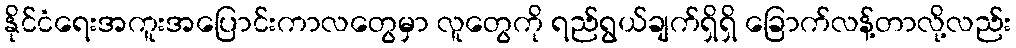
နိုင်ငံရေးအကူးအပြောင်းကာလတွေမှာ လူတွေကို ရည်ရွယ်ချက်ရှိရှိ ခြောက်လန့်တာလို့လည်း